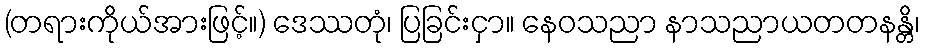
(တရားကိုယ်အားဖြင့်။) ဒေဿတုံ၊ ပြခြင်းငှာ။ နေဝသညာ နာသညာယတတနန္တိ၊